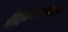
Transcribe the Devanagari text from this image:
वैदिकधर्मानुयायी